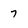
Character: 7